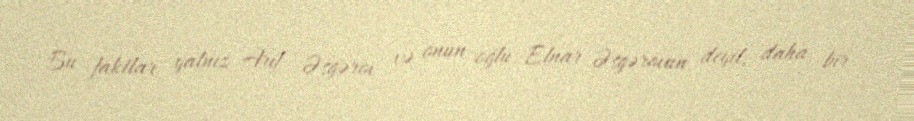
Bu faktlar yalnız Arif Əsgərov və onun oğlu Elnar Əsgərovun deyil, daha bir